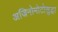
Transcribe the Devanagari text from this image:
अजिनोमोटोसुद्धा